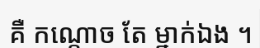
គឺ កណ្តោច តែ ម្នាក់ឯង ។